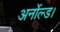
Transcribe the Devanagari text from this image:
अर्नोल्ड।